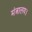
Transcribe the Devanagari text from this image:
मंत्रालय।